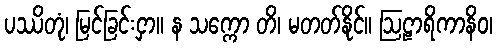
ပဿိတုံ၊ မြင်ခြင်းငှာ။ န သက္ကော တိ၊ မတတ်နိုင်။ ဩဠာရိကာနိဝ၊